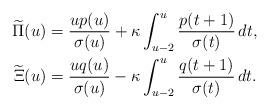
\begin{align*}\begin{aligned}\widetilde{\Pi}(u)&=\frac{up(u)}{\sigma(u)}+\kappa\int_{u-2}^u\frac{p(t+1)}{\sigma(t)}\,dt,\\\widetilde{\Xi}(u)&=\frac{uq(u)}{\sigma(u)}-\kappa\int_{u-2}^u\frac{q(t+1)}{\sigma(t)}\,dt.\end{aligned}\end{align*}